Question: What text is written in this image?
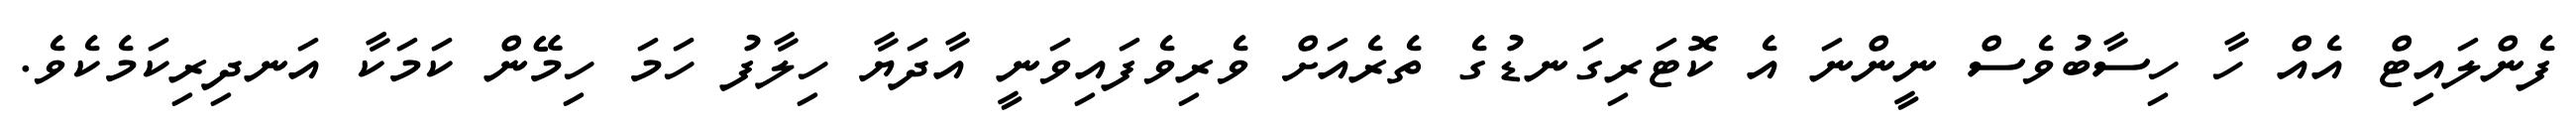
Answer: ފެންލައިޓް އެއް ހާ ހިސާބުވެސް ނީންނަ އެ ކޮޓަރިގަނޑުގެ ތެރެއަށް ވެރިވެފައިވަނީ އާދަޔާ ހިލާފު ހަމަ ހިމޭން ކަމަކާ އަނދިރިކަމެކެވެ.